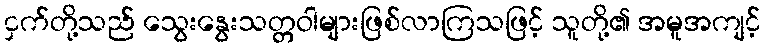
ငှက်တို့သည် သွေးနွေးသတ္တဝါများဖြစ်လာကြသဖြင့် သူတို့၏ အမူအကျင့်